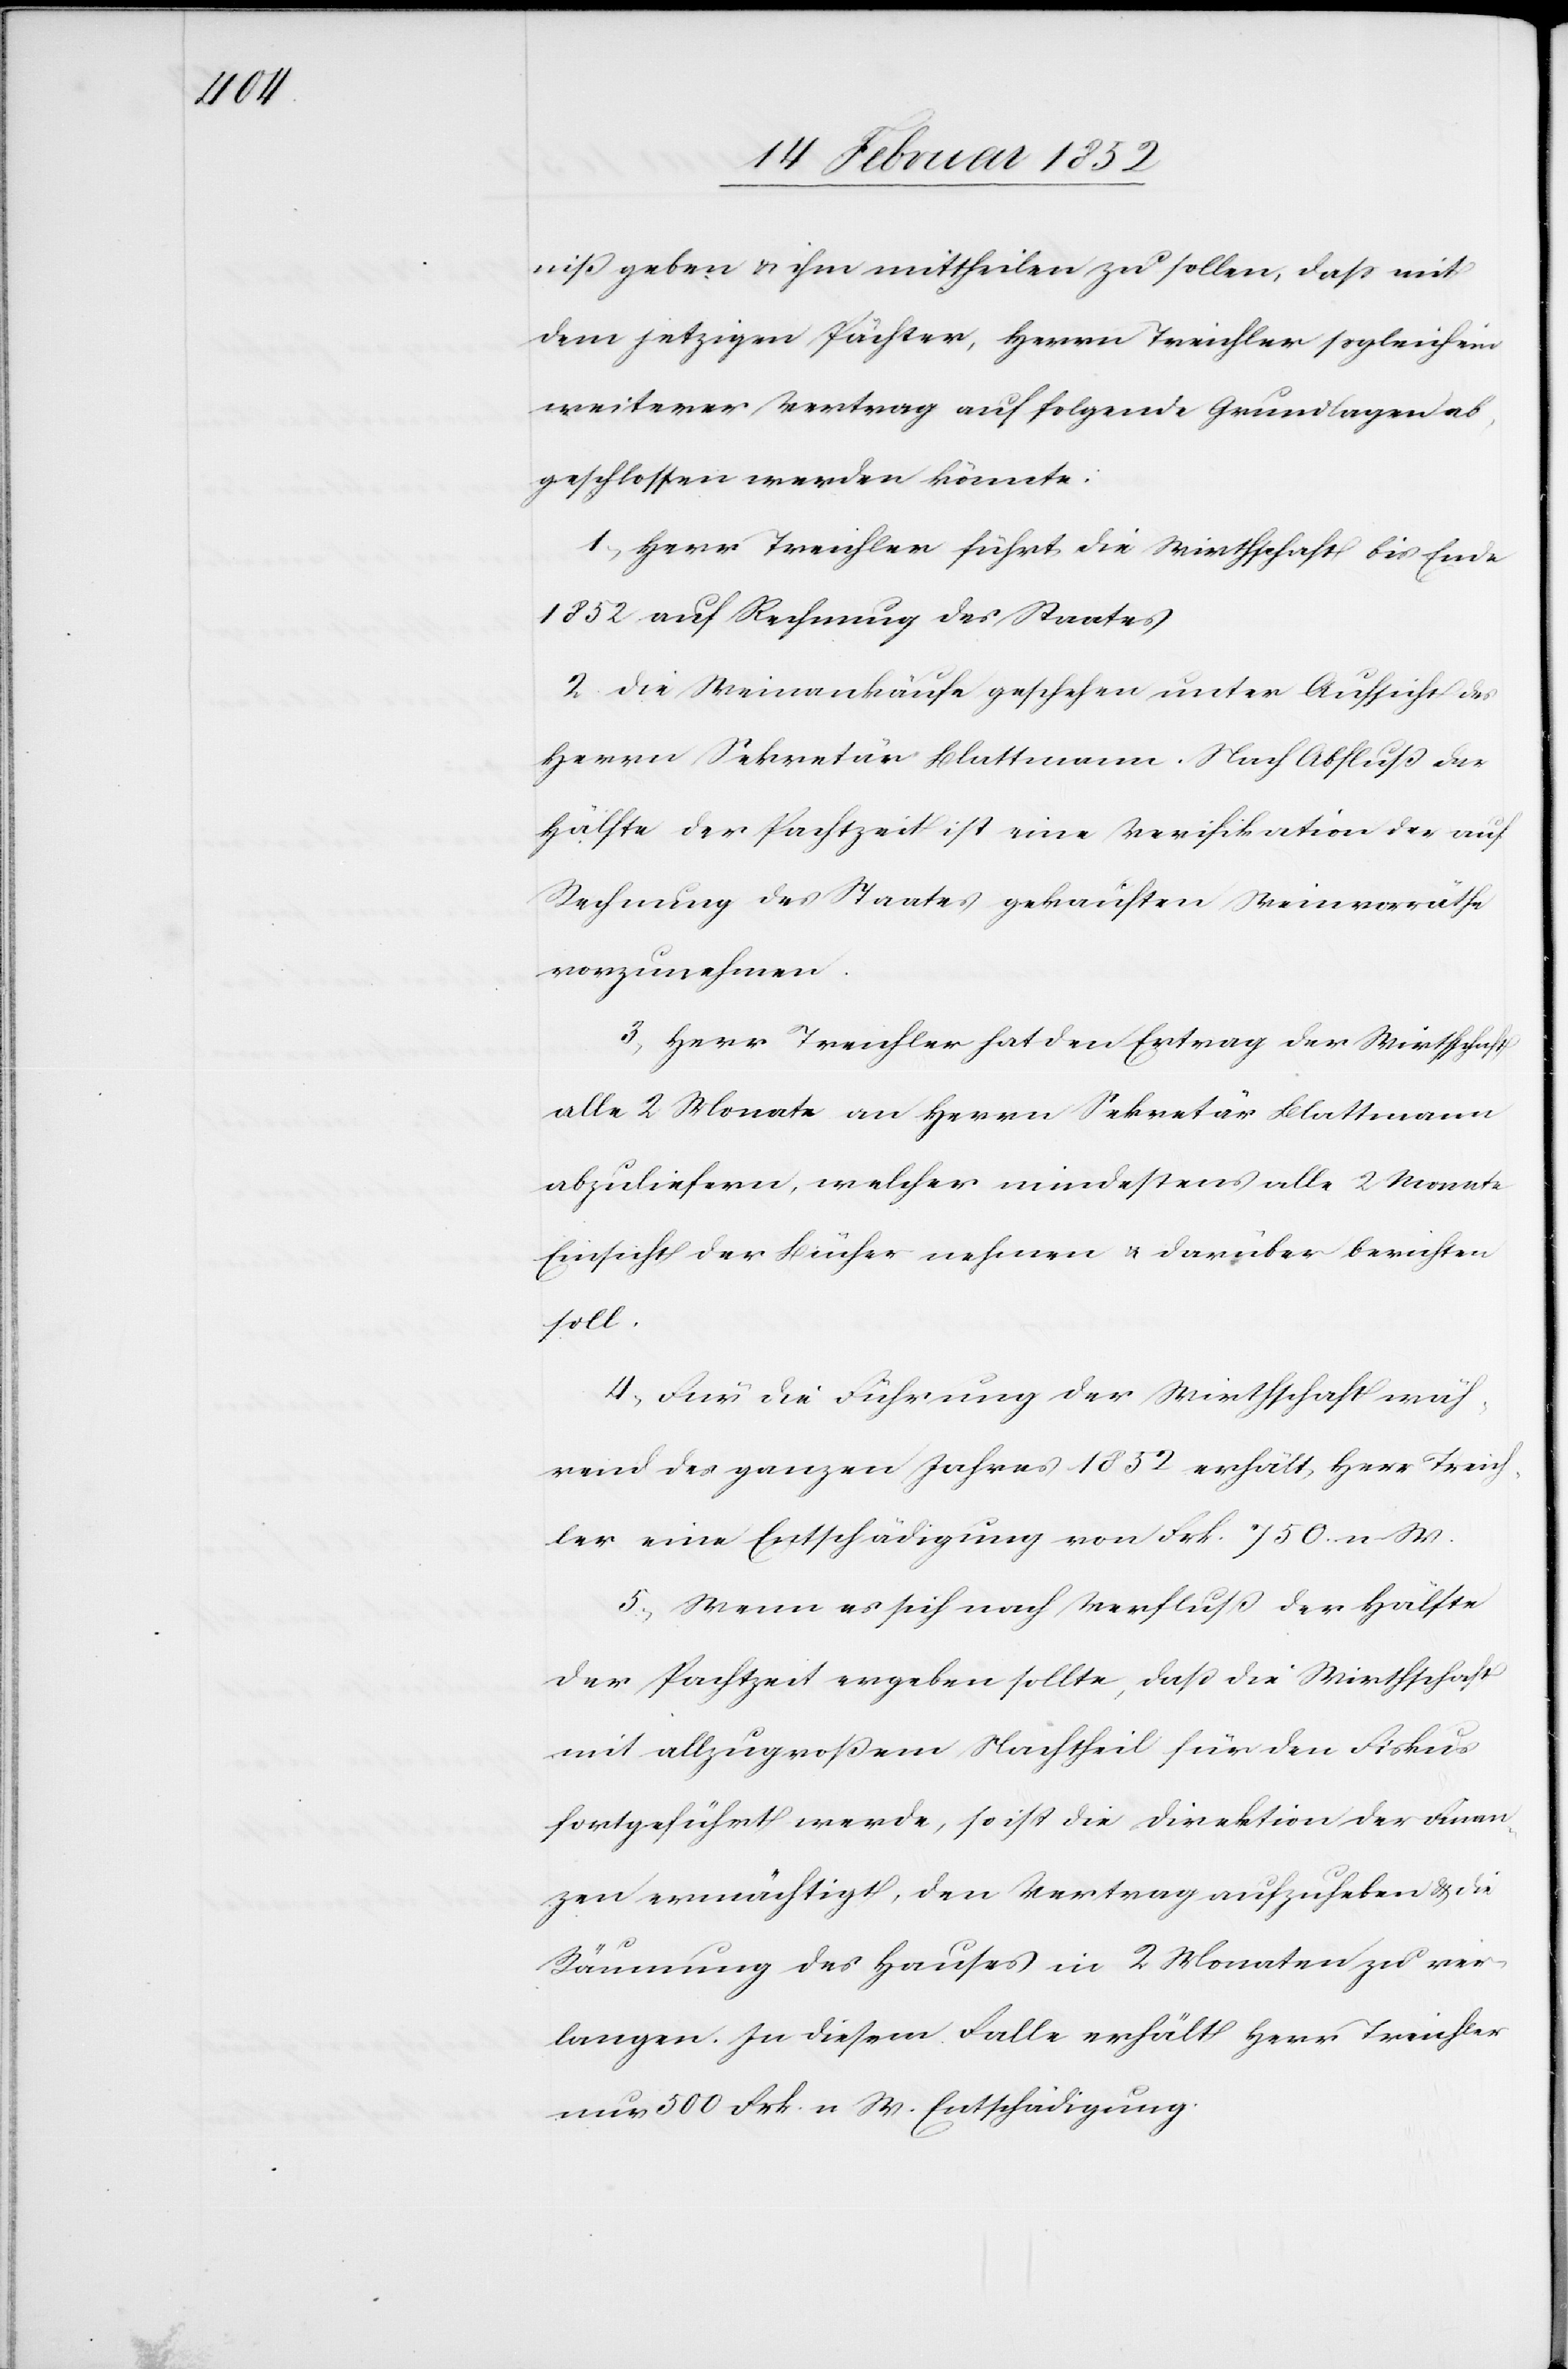
niß geben u. ihm mitteilen zu sollen, daß mit
dem jetzigen Pächter, Herrn Treichler sogleich ein
weiterer Vertrag auf folgende Grundlagen ab¬
geschlossen werden könnte:
1) Herr Treichler führt die Wirthschaft bis Ende
1852 auf Rechnung des Staates.
2. Die Weinankäufe geschehen unter Aufsicht des
Herrn Sekretär Blattmann. Nach Abschluß der
Hälfte der Pachtzeit ist eine Verifikation der auf
Rechnung des Staates gekauften Weinvorräthe
vorzunehmen.
3) Herr Treichler hat den Ertrag der Wirthschaft
alle 2 Monate an Herrn Sekretär Blattmann
abzuliefern, welcher mindestens alle 2 Monate
Einsicht der Bücher nehmen u. darüber berichten
soll.
4) Für die Führung der Wirthschaft wäh¬
rend des ganzen Jahres 1852 erhält Herr Treich¬
ler eine Entschädigung von Frk. 750. n. W.
5.) Wenn es sich nach Verfluß der Hälfte
der Pachtzeit ergeben sollte, daß die Wirthschaft
mit allzugroßem Nachtheil für den Fiskus
fortgeführt werde, so ist die Direktion der Finan¬
zen ermächtigt, den Vertrag aufzuheben u. die
Räumung des Hauses in 2 Monaten zu ver¬
langen. In diesem Falle erhält Herr Treichler
nur 500 Frk. n. W. Entschädigung.